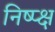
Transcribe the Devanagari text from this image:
निष्प्क्ष